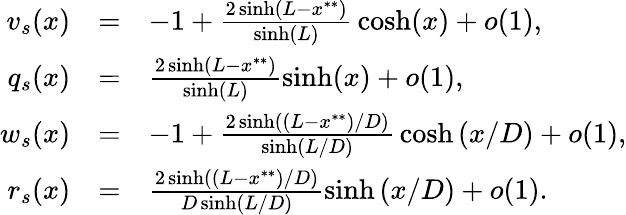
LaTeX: \begin{array}{rclrcl}{v_{s}(x)}&{=}&{-1+\frac{2\sinh(L-x^{**})}{\sinh(L)}\, \cosh(x)+o(1),}\\ {q_{s}(x)}&{=}&{\frac{2\sinh(L-x^{**})}{\sinh(L)}\sinh(x)+o(1),}\\ {w_{s}(x)}&{=}&{-1+\frac{2\sinh\left((L-x^{**})/D\right)}{\sinh\left(L/D\right)}\, \cosh\left(x/D\right)+o(1),}\\ {r_{s}(x)}&{=}&{\frac{2\sinh\left((L-x^{**})/D\right)}{D\sinh\left(L/D\right)}\sinh\left(x/D\right)+o(1).}\end{array}